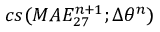
c s ( M A E _ { 2 7 } ^ { n + 1 } ; \Delta \theta ^ { n } )